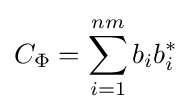
C_{\Phi }=\sum _{i=1}^{nm}b_{i}b_{i}^{*}